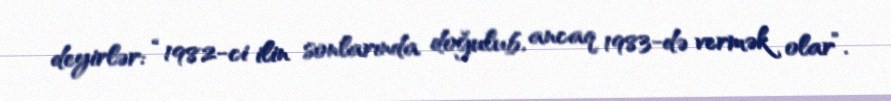
deyirlər: “1982-ci ilin sonlarında doğulub, ancaq 1983-də vermək olar”.